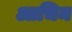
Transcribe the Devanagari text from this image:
आचिम